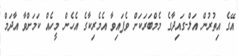
އޭގެ އިތުރުން އަލް-ގައިދާގެ މެމްބަރަކަށް ވެފައިވާ އެމެރިކާގެ އެހެން މީހެއް ކަމަށްވާ އާދަމް